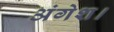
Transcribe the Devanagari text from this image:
अंगेश।